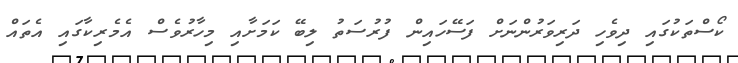
ކޯސްތަކުގައި ދިވެހި ދަރިވަރުންނަށް ފަސޭހައިން ފުރުސަތު ލިބޭ ކަމަށާއި މިހާރުވެސް އެމެރިކާގައި އެތައް